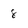
Character: 8